Vaccination in Bombay 1863-1868 - 1863-1868
Year: 1863
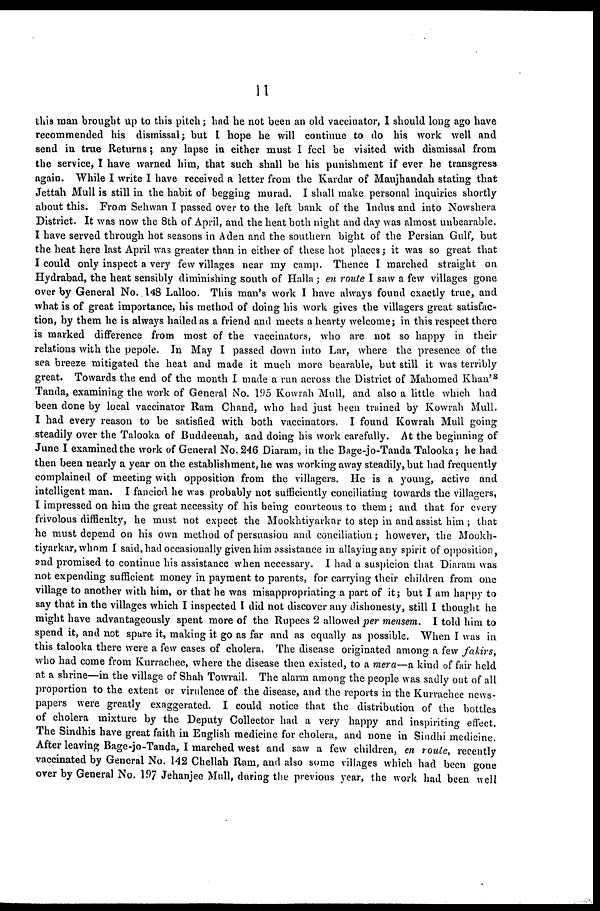
11
this man brought up to this pitch; had he not been an old vaccinator, I should long ago have
recommended his dismissal; but I hope he will continue to do his work well and
send in true Returns; any lapse in either must I feel be visited with dismissal from
the service, I have warned him, that such shall be his punishment if ever he transgress
again. While I write I have received a letter from the Kardar of Maujhandah stating that
Jettah Mull is still in the habit of begging murad. I shall make personal inquiries shortly
about this. From Sehwan I passed over to the left bank of the Indus and into Nowshera
District. It was now the 8th of April, and the heat both night and day was almost unbearable.
I have served through hot seasons in Aden and the southern bight of the Persian Gulf, but
the heat here last April was greater than in either of these hot places; it was so great that
I could only inspect a very few villages near my camp. Thence I marched straight on
Hydrabad, the heat sensibly diminishing south of Halla ; en route I saw a few villages gone
over by General No. 148 Lalloo. This man's work I have always found exactly true, and
what is of great importance, his method of doing his work gives the villagers great satisfac-
tion, by them he is always hailed as a friend and meets a hearty welcome; in this respect there
is marked difference from most of the vaccinators, who are not so happy in their
relations with the pepole. In May I passed down into Lar, where the presence of the
sea breeze mitigated the heat and made it much more bearable, but still it was terribly
great. Towards the end of the month I made a run across the District of Mahomed Khan's
Tanda, examining the work of General No. 195 Kowrah Mull, and also a little which had
been done by local vaccinator Ram Chand, who had just been trained by Kowrah Mull.
I had every reason to be satisfied with both vaccinators. I found Kowrah Mull going
steadily over the Talooka of Buddeenah, and doing his work carefully. At the beginning of
June I examined the work of General No. 246 Diaram, in the Bage-jo-Tanda Talooka; he had
then been nearly a year on the establishment, he was working away steadily, but had frequently
complained of meeting with opposition from the villagers. He is a young, active and
intelligent man. I fancied he was probably not sufficiently conciliating towards the villagers,
I impressed on him the great necessity of his being courteous to them ; and that for every
frivolous difficulty, he must not expect the Mookhtiyarkar to step in and assist him; that
he must depend on his own method of persuasion and conciliation; however, the Mookh-
tiyarkar, whom I said, had occasionally given him assistance in allaying any spirit of opposition,
and promised to continue his assistance when necessary. I had a suspicion that Diaram was
not expending sufficient money in payment to parents, for carrying their children from one
village to another with him, or that he was misappropriating a part of it; but I am happy to
say that in the villages which I inspected I did not discover any dishonesty, still I thought he
might have advantageously spent more of the Rupees 2 allowed per mensem. I told him to
spend it, and not spare it, making it go as far and as equally as possible. When I was in
this talooka there were a few cases of cholera. The disease originated among a few fakirs,
who had come from Kurrachee, where the disease then existed, to a mera—a kind of fair held
at a shrine—in the village of Shah Towrail. The alarm among the people was sadly out of all
proportion to the extent or virulence of the disease, and the reports in the Kurrachee news-
papers were greatly exaggerated. I could notice that the distribution of the bottles
of cholera mixture by the Deputy Collector had a very happy and inspiriting effect.
The Sindhis have great faith in English medicine for cholera, and none in Sindhi medicine.
After leaving Bage-jo-Tanda, I marched west and saw a few children, en route, recently
vaccinated by General No. 142 Chellah Ram, and also some villages which had been gone
over by General No. 197 Jehanjee Mull, during the previous year, the work had been well